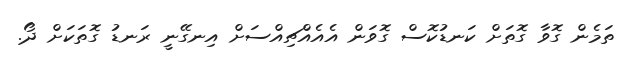
ތަމެން ގޮވާ ގޮތަށް ކަނޑުކޮސް ގޮވަން އެއެއްޗިއްސަށް އިނގޭނީ ރަނޑު ގޮތަކަށް ދޯ.